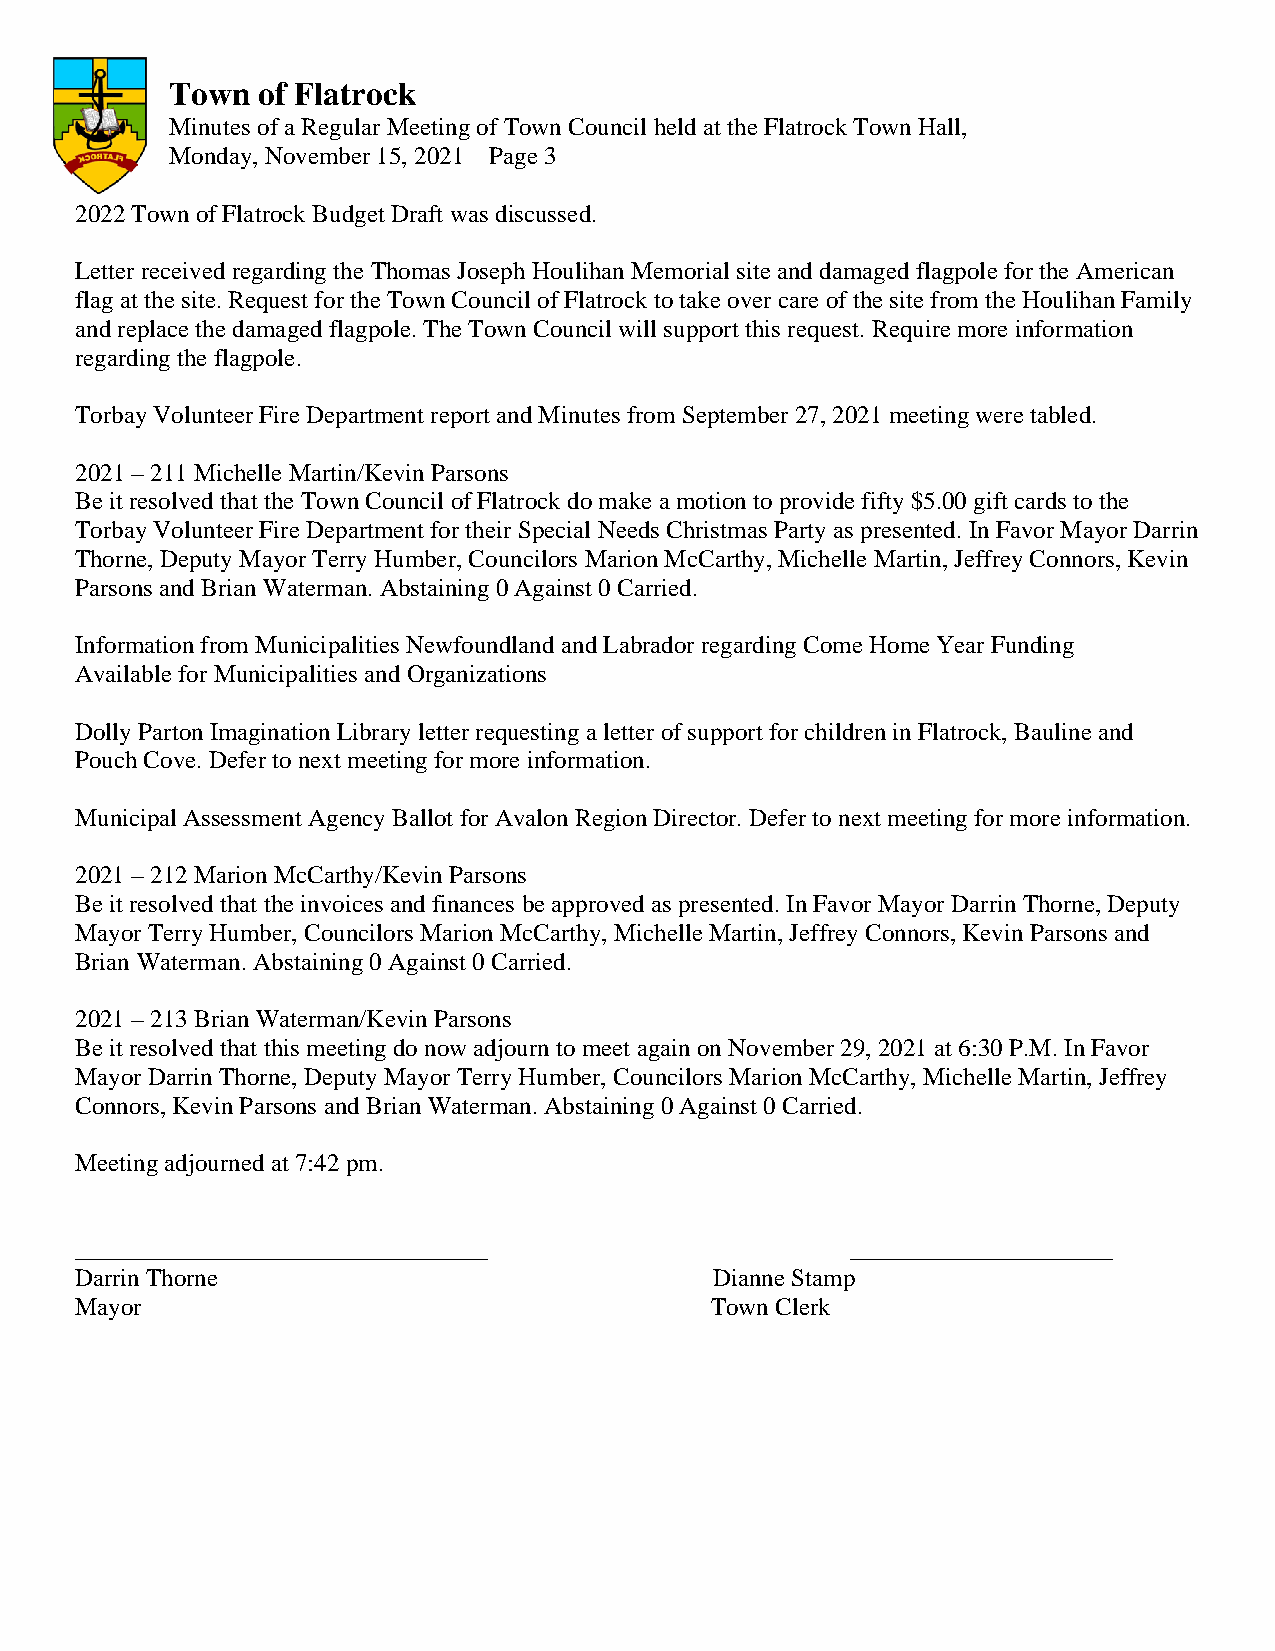
Town  of Flatrock
 Minutes of a Regular Meeting of Town Council held at the Flatrock Town Hall,
 Monday, November 15, 2021 Page 3
 2022 Town of Flatrock Budget Draft was discussed.
 Letter received regarding the Thomas Joseph Houlihan Memorial site and damaged flagpole for the American
 flag at the site. Request for the Town Council of Flatrock to take over care of the site from the Houlihan Family
 and replace the damaged flagpole. The Town Council will support this request. Require more information
 regarding the flagpole.
 Torbay Volunteer Fire Department report and Minutes from September 27, 2021 meeting were tabled.
 2021 – 211 Michelle Martin/Kevin Parsons
 Be it resolved that the Town Council of Flatrock do make a motion to provide fifty $5.00 gift cards to the
 Torbay Volunteer Fire Department for their Special Needs Christmas Party as presented. In Favor Mayor Darrin
 Thorne, Deputy Mayor Terry Humber, Councilors Marion McCarthy, Michelle Martin, Jeffrey Connors, Kevin
 Parsons and Brian Waterman. Abstaining 0 Against 0 Carried.
 Information from Municipalities Newfoundland and Labrador regarding Come Home Year Funding
 Available for Municipalities and Organizations
 Dolly Parton Imagination Library letter requesting a letter of support for children in Flatrock, Bauline and
 Pouch Cove. Defer to next meeting for more information.
 Municipal Assessment Agency Ballot for Avalon Region Director. Defer to next meeting for more information.
 2021 – 212 Marion McCarthy/Kevin Parsons
 Be it resolved that the invoices and finances be approved as presented. In Favor Mayor Darrin Thorne, Deputy
 Mayor Terry Humber, Councilors Marion McCarthy, Michelle Martin, Jeffrey Connors, Kevin Parsons and
 Brian Waterman. Abstaining 0 Against 0 Carried.
 2021 – 213 Brian Waterman/Kevin Parsons
 Be it resolved that this meeting do now adjourn to meet again on November 29, 2021 at 6:30 P.M. In Favor
 Mayor Darrin Thorne, Deputy Mayor Terry Humber, Councilors Marion McCarthy, Michelle Martin, Jeffrey
 Connors, Kevin Parsons and Brian Waterman. Abstaining 0 Against 0 Carried.
 Meeting adjourned at 7:42 pm.
 _________________________________                  _____________________
 Darrin Thorne                             Dianne Stamp
 Mayor                                     Town Clerk